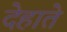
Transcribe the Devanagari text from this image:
देहाते